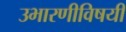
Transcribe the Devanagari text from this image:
उभारणीविषयी